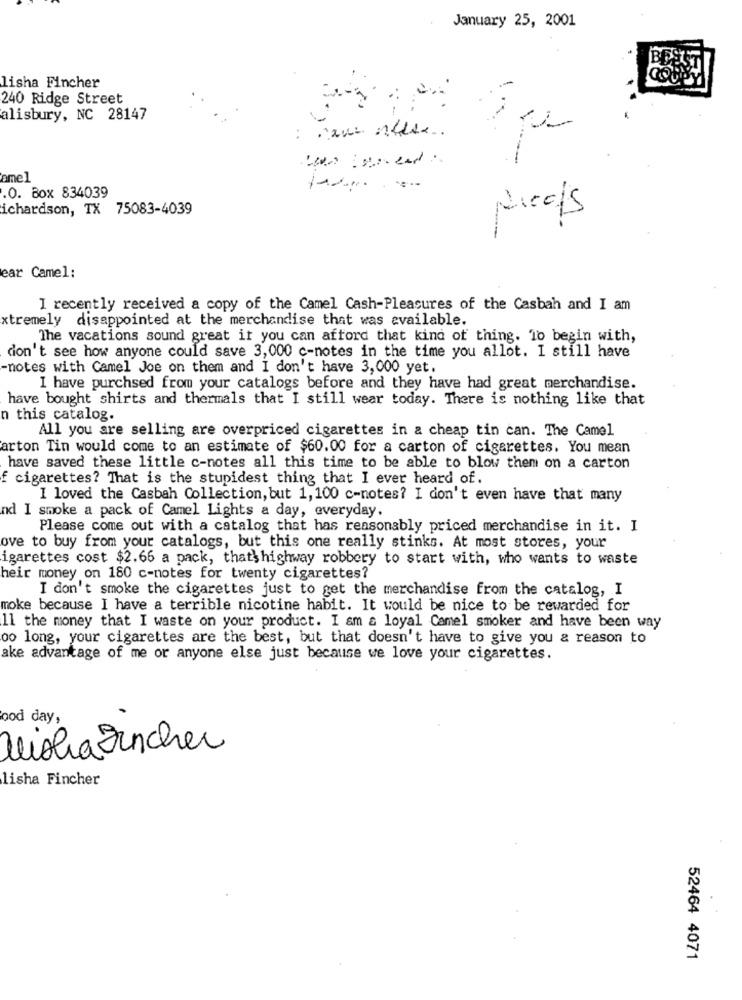
January 25, 2001
B
lisha Fincher
240 Ridge Street
alisbury, NC 28147
--
amel
.O. Box 834039
ichardson, TX 75083-4039
Nicefs
ear Camel:
I recently received a copy of the Camel Cash-Pleasures of the Casbah and I am
xtremely disappointed at the merchandise that was available.
The vacations sound great if you can afford that kind of thing. 10 begin with,
don't see how anyone could save 3,000 c-notes in the time you allot. I still have
-notes with Camel Joe on them and I don't have 3,000 yet.
I have purchsed from your catalogs before and they have had great merchandise.
have bought shirts and thermals that I still wear today. There is nothing like that
n this catalog.
All you are selling are overpriced cigarettes in a cheap tin can. The Camel
arton Tin would come to an estimate of $60.00 for a carton of cigarettes. You mean
have saved these little c-notes all this time to be able to blow them on a carton
f cigarettes? That is the stupidest thing that I ever heard of.
I loved the Casbah Collection, but 1,100 c-notes? I don't even have that many
nd I smoke a pack of Camel Lights a day, everyday.
Please come out with a catalog that has reasonably priced merchandise in it. I
ove to buy from your catalogs, but this one really stinks. At most stores, your
igarettes cost $2.66 a pack, that's highway robbery to start with, who wants to waste
heir money on 180 c-notes for twenty cigarettes?
I don't smoke the cigarettes just to get the merchandise from the catalog, I
moke because I have a terrible nicotine habit. It would be nice to be rewarded for
11 the money that I waste on your product. I am & loyal Camel smoker and have been way
oo long, your cigarettes are the best, but that doesn't have to give you a reason to
ake advantage of me or anyone else just because we love your cigarettes.
ood day,
MishaFincher
lisha Fincher
52464 4071